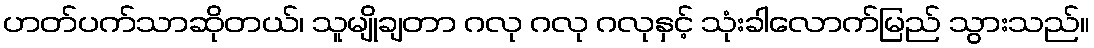
ဟတ်ပက်သာဆိုတယ်၊ သူမျိုချတာ ဂလု ဂလု ဂလုနှင့် သုံးခါလောက်မြည် သွားသည်။